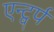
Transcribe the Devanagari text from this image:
एन्ट्वर्प